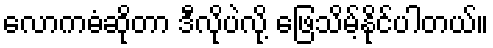
လောကဓံဆိုတာ ဒီလိုပဲလို့ ဖြေသိမ့်နိုင်ပါတယ်။